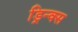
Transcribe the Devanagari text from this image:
ड्रिन्क्स